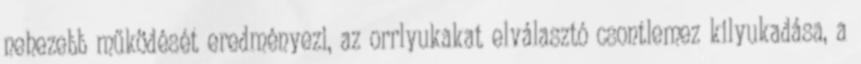
nehezebb működését eredményezi, az orrlyukakat elválasztó csontlemez kilyukadása, a